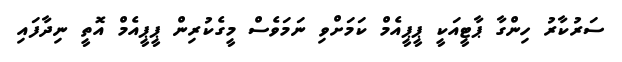
ސަރުކާރު ހިންގާ ޕާޓީއަކީ ޕީޕީއެމް ކަމަށްވި ނަމަވެސް މީގެކުރިން ޕީޕީއެމް އޮތީ ނިދާފައި